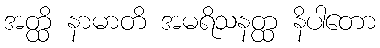
အတ္ထိ နာမာတိ အမရိသနတ္ထ နိပါတော